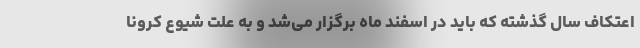
اعتکاف سال گذشته که باید در اسفند ماه برگزار می‌شد و به علت شیوع کرونا